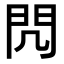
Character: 𨳋